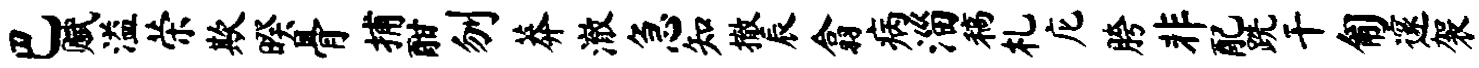
巴赋溢荣欺暌骨捕酣刎莽澈急知撤辰翕病淄稿札庀胯非配跣干匍邃袈